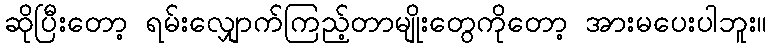
ဆိုပြီးတော့ ရမ်းလျှောက်ကြည့်တာမျိုးတွေကိုတော့ အားမပေးပါဘူး။